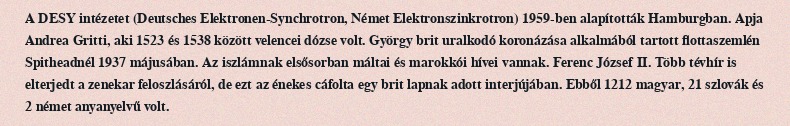
A DESY intézetet (Deutsches Elektronen-Synchrotron, Német Elektronszinkrotron) 1959-ben alapították Hamburgban. Apja Andrea Gritti, aki 1523 és 1538 között velencei dózse volt. György brit uralkodó koronázása alkalmából tartott flottaszemlén Spitheadnél 1937 májusában. Az iszlámnak elsősorban máltai és marokkói hívei vannak. Ferenc József II. Több tévhír is elterjedt a zenekar feloszlásáról, de ezt az énekes cáfolta egy brit lapnak adott interjújában. Ebből 1212 magyar, 21 szlovák és 2 német anyanyelvű volt.